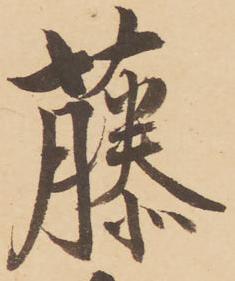
藤